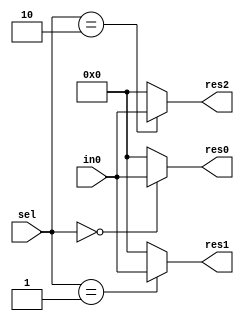
module demux_1_3
#(
	parameter data_width = 32
)
(
	input [data_width-1:0] in0,
	input [1:0] sel,
	output [data_width-1:0] res0,res1,res2
);
	assign res0 = (sel==2'b00) ? in0 : 0;
	assign res1 = (sel==2'b01) ? in0 : 0;
	assign res2 = (sel==2'b10) ? in0 : 0;
	
endmodule